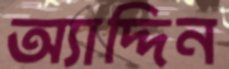
অ্যাদ্দিন